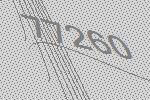
77260